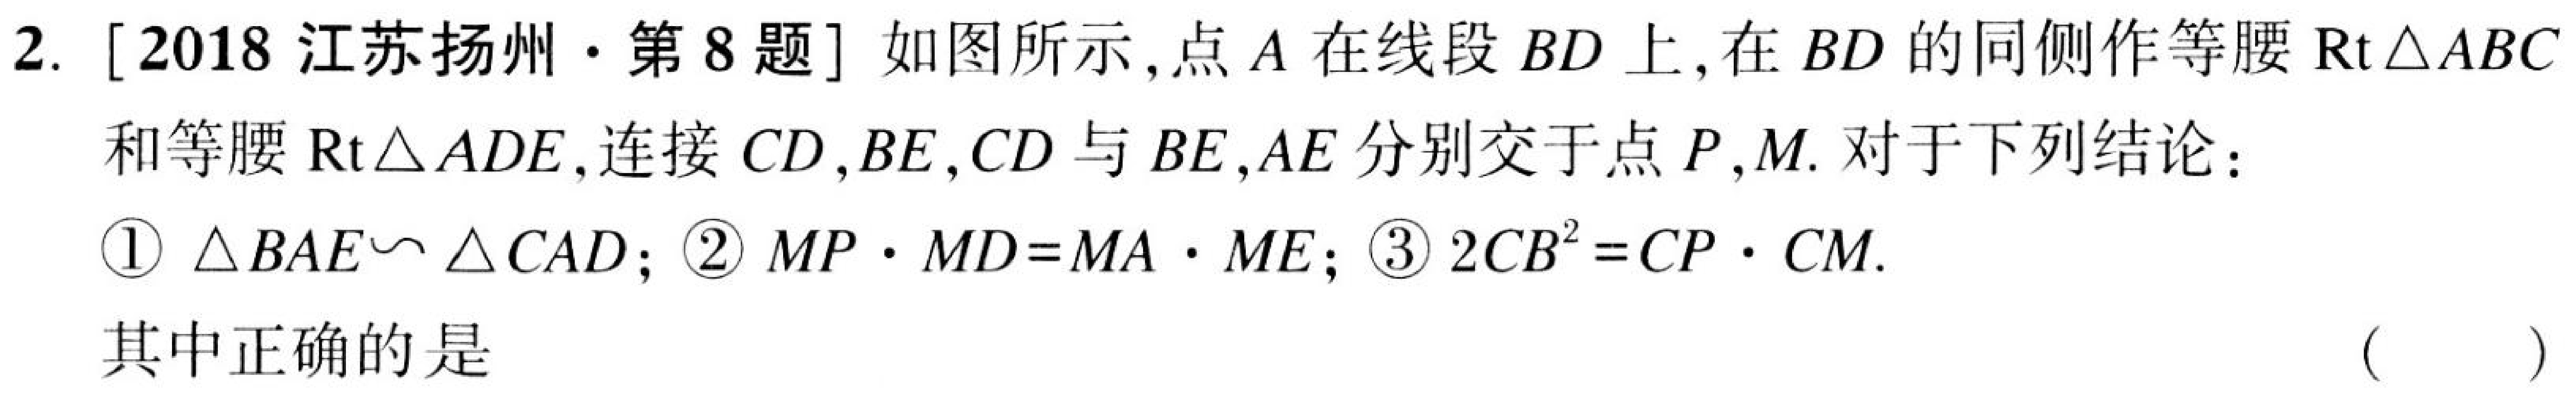
2. [2018江苏扬州·第8题] 如图所示，点\(A\)在线段\(BD\)上，在\(BD\)的同侧作等腰\(\mathrm{Rt}\triangle ABC\)和等腰\(\mathrm{Rt}\triangle ADE\)，连接\(CD\)，\(BE\)，\(CD\)与\(BE\)，\(AE\)分别交于点\(P\)，\(M\). 对于下列结论：
\textcircled{1} \(\triangle BAE\sim\triangle CAD\)；\textcircled{2} \(MP\cdot MD = MA\cdot ME\)；\textcircled{3} \(2CB^{2}=CP\cdot CM\).
其中正确的是 （  ）